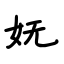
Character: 妩